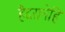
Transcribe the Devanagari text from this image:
हैदरानेहि